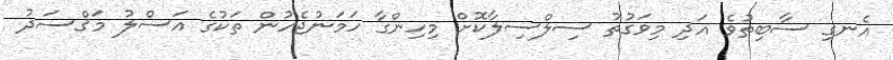
އެނގި ސާބިތުވެ އަދި މިވަގުތު ސިލްސިލާކޮށް މިހިންގާ ހަމަނުޖެހުން ތަކުގެ އަސްލު މަޤްސަދު